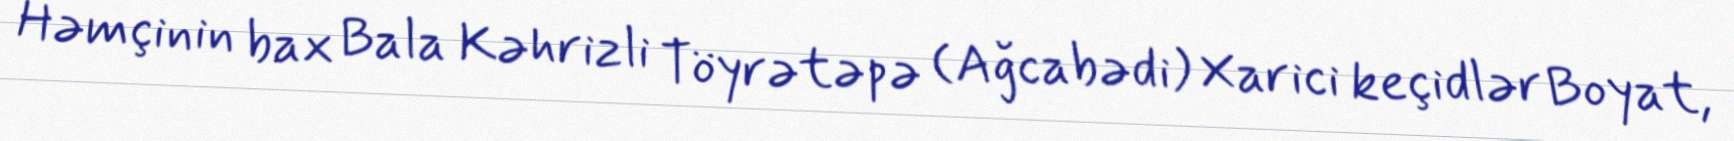
Həmçinin bax Bala Kəhrizli Töyrətəpə (Ağcabədi) Xarici keçidlər Boyat,